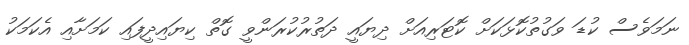
ނަމަވެސް ކުޑަ ވަގުތުކޮޅަކަށް ކޮޓަރިއަށް ދިޔައީ ދަތުރުކުރަންވީ ގޮތް ކިޔައިދީފައި ކަމަށާއި އެކަމަކު